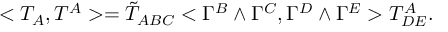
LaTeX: < T _ { A } , T ^ { A } > = { \tilde { T } } _ { A B C } < \Gamma ^ { B } \wedge \Gamma ^ { C } , \Gamma ^ { D } \wedge \Gamma ^ { E } > T _ { D E } ^ { A } .